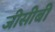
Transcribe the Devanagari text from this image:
जीसीबी